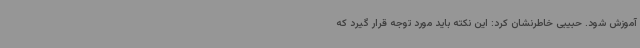
آموزش شود. حبیبی خاطرنشان کرد: این نکته باید مورد توجه قرار گیرد که